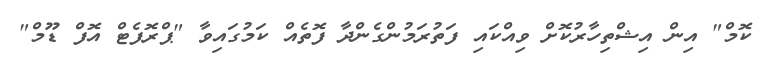
ކޮމް" އިން އިޝްތިހާރުކޮށް ވިއްކައި ފަތުރަމުންގެންދާ ފޮތެއް ކަމުގައިވާ "ޕްރޮފެޓް އޮފް ޑޫމް"